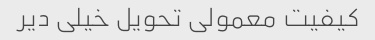
کیفیت معمولی تحویل خیلی دیر